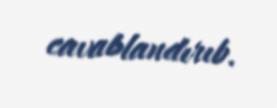
cavablandırıb.